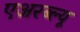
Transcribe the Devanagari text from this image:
एअरब्ल्यू